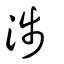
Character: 涉